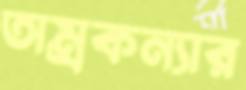
তাম্রকন্যার